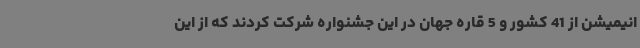
انیمیشن از 41 کشور و 5 قاره جهان در این جشنواره شرکت کردند که از این